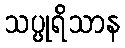
သပ္ပုရိသာန